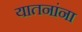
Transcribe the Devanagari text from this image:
यातनांना